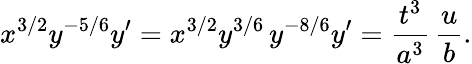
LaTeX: x^{3/2}y^{-5/6}y^{\prime}=x^{3/2}y^{3/6}\, y^{-8/6}y^{\prime}=\frac{t^{3}}{a^{3}}\, \frac{u}{b}.